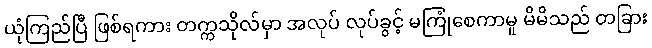
ယုံကြည်ပြီ ဖြစ်ရကား တက္ကသိုလ်မှာ အလုပ် လုပ်ခွင့် မကြုံစေကာမူ မိမိသည် တခြား